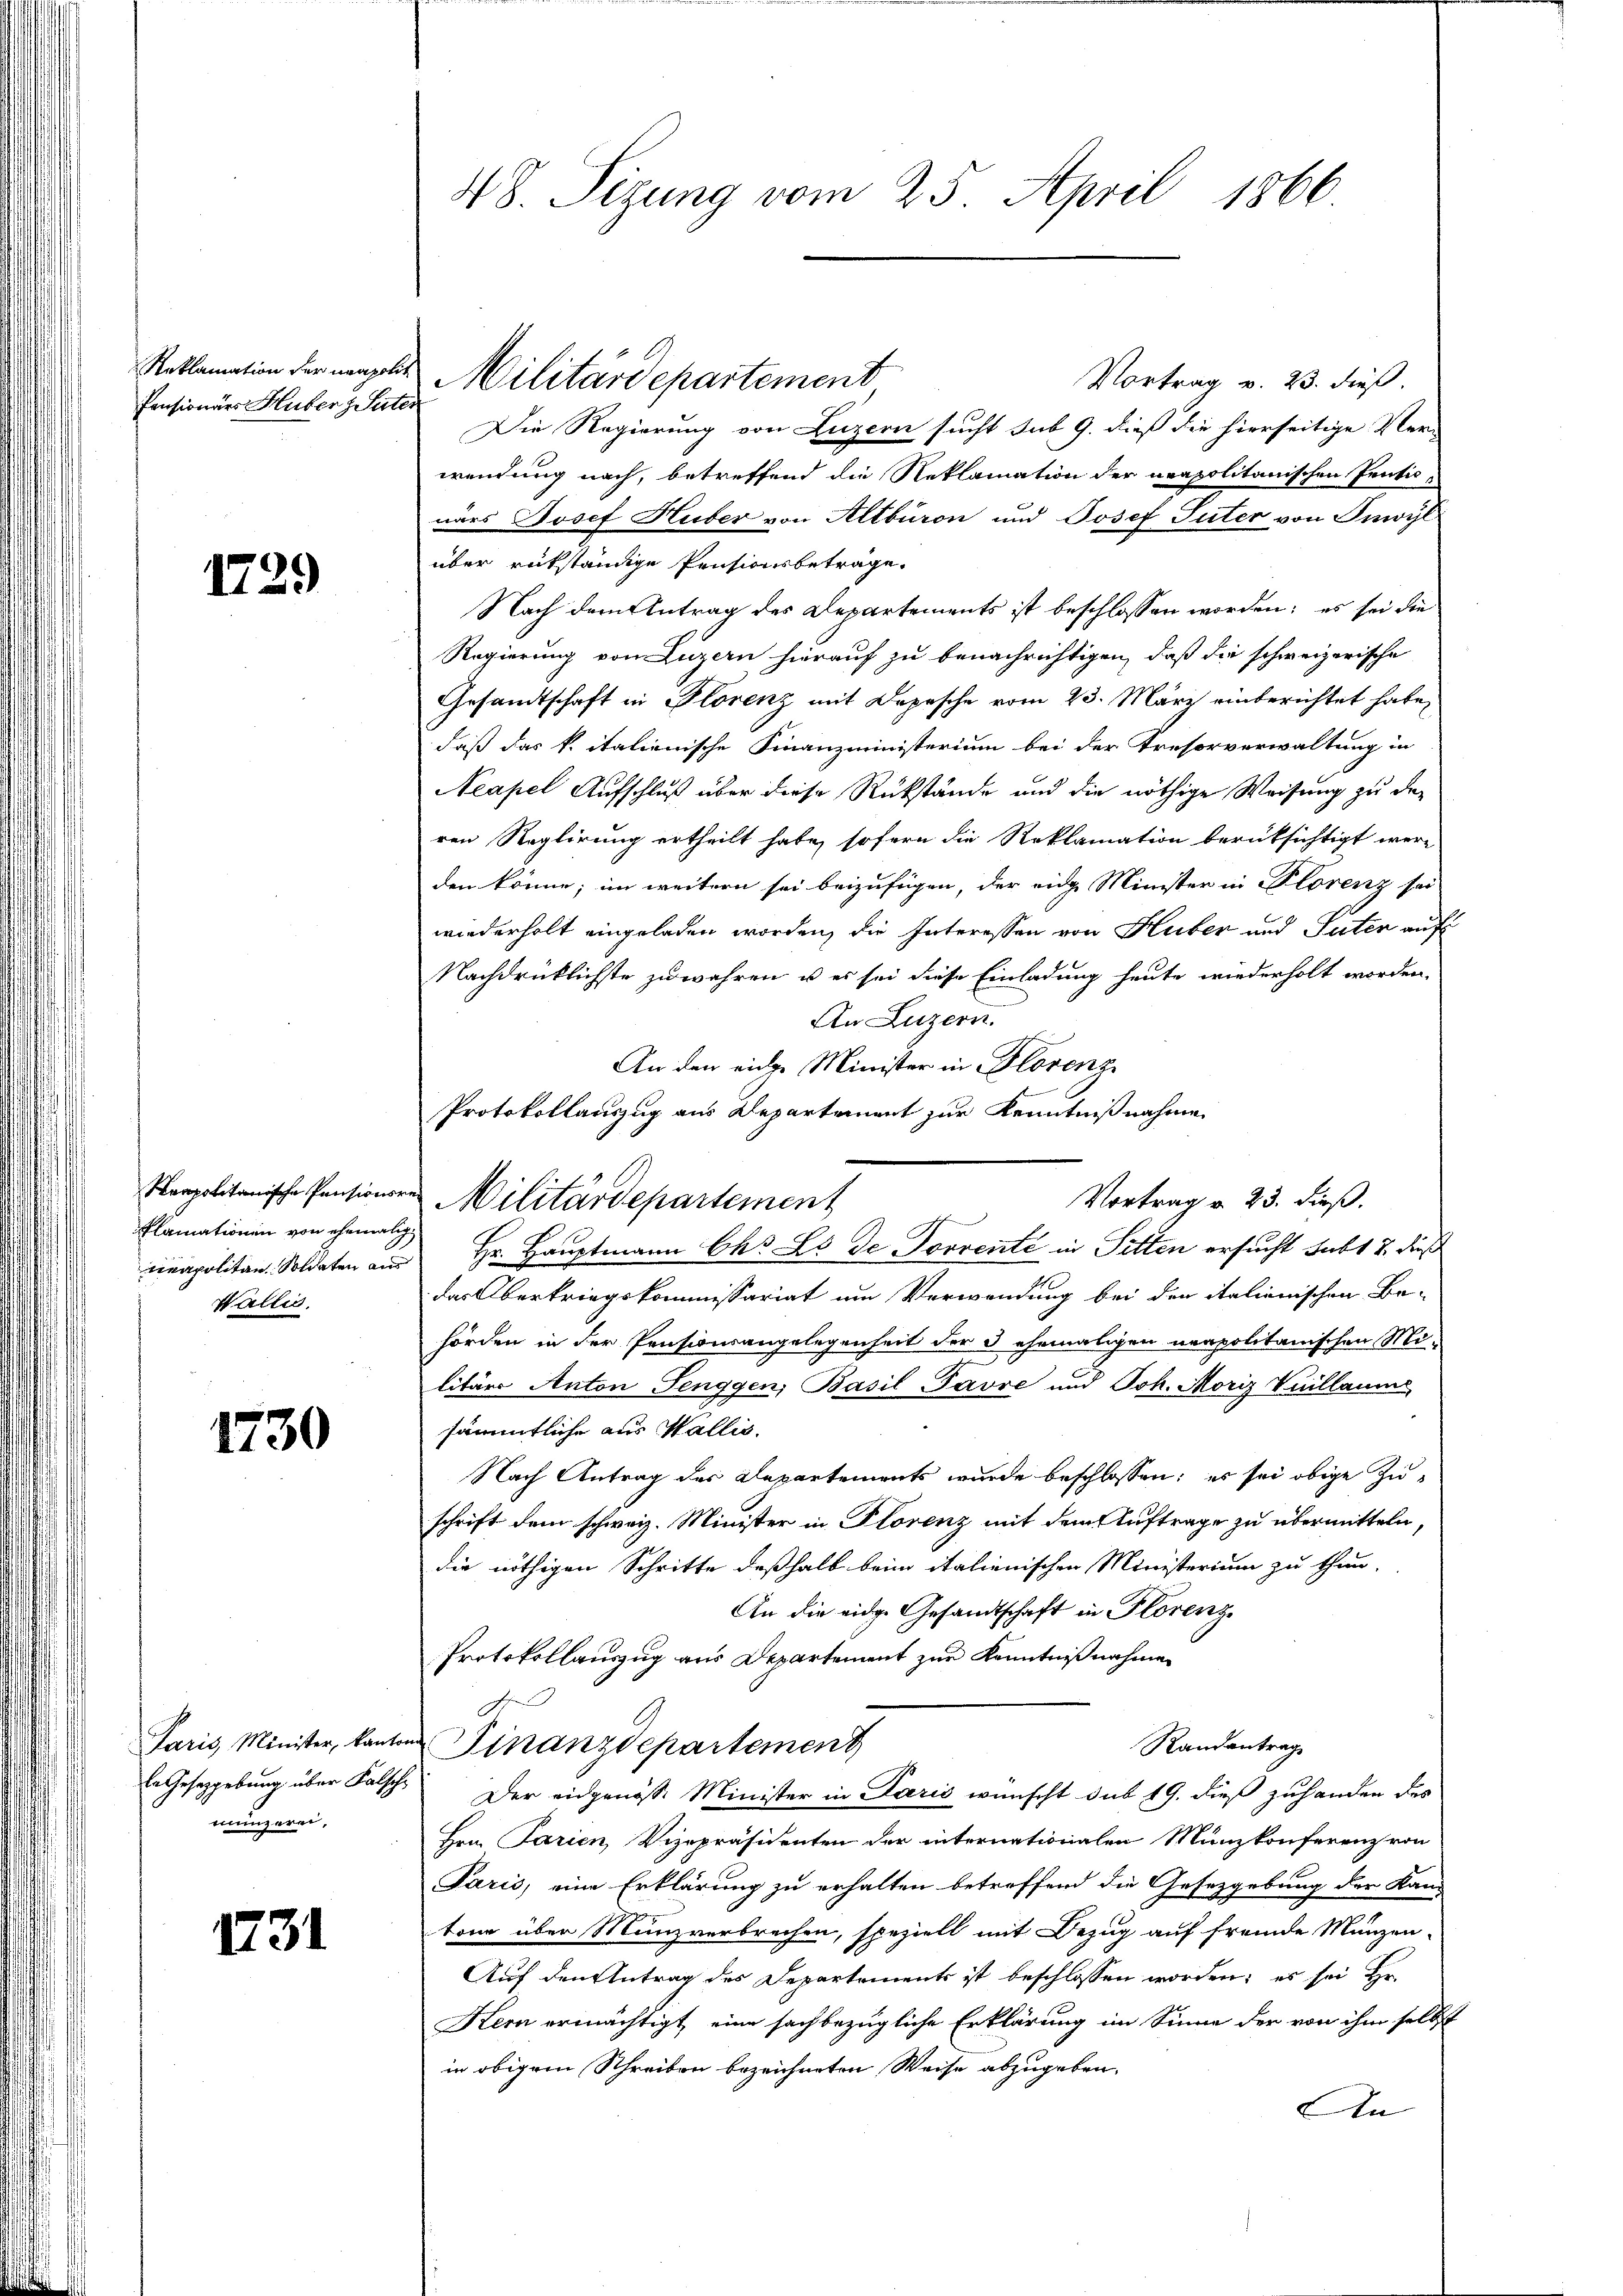
Pensionärs Huber & Sen

1729

1730

mningerei,

1731

Reklamation der neugeles Militärdepartement
100.

Plamationen von ehemalig
Wallis.

Vortrag v. 23. dieß.
Die Regierung von Luzern sucht sub 9. dieß die hierseitige Ver-
wendung nach, betreffend die Reklamation der neapolitanischen Pentic-
närs Josef Huber von Altburon und Josef Suter von Inwyl
über rükständige Pensionsbeträge.
Nach dem Antrag des Departements ist beschlossen worden; es sei die
Regierung von Luzern hierauf zu benachrichtigen, daß die schweizerische
Gesandtschaft in Plorenz mit Depesche vom 23. März einberichtet habe,
daß das k. italienische Finanzministerium bei der Tresorverwaltung in
Neapel Aufschluß über diese Rükstände und die nöthige Weisung zu der
ren Reglirung ertheilt habe, sofern die Reklamation berüksichtigt wer-
den könne; im weitern sei beizufügen, der eidge Minister in Plorenz sei
wiederholt eingeladen worden, die Interessen von Huber und Suter auf
Nachdrücklichste zu wahren u es sei diese Einladung heute wiederholt worden.
An Luzern.
An den einer Minister in Florenz
Korpolitanische Pensionsen Militärdepartement
eapolitan. Soldaten an Hr. Hauptmann Ch. Le Dr. Torrenté in Sitten ersucht subt u. dieß
das Oberkriegskommissariat um Verwendung bei der italienischen Be-
hörden in der Pensionsangelegenheit der I ehemaligen neapolitanischen Mi-
litärs Anton Senggen, Basil-Favre und Joh. Moriz Vuillaum
sämmtliche aus Wallis.
Nach Antrag des Departements wurde beschlossen; es sei obige Zuschrift dem schweiz. Minister in Plorenz mit dem Auftrage zu übermitteln,
die nöthigen Schritte deßhalb beim italienischen Ministerium zu thun.
An die eidg. Gesandtschaft in Florenz
Protokollauszug aus Departement zur Kenntnißnahmen
A
Paris Minister, kanton Finanzdepartement
Randantrag
Er Gesetzgebung über Falsche Der eidgenosse Minister in Paris wünscht sub 19. dieß zuhander des
Hrn. Parien, Vizepräsidenten der internationalen Münzkonferenz von
Paris, eine Erklärung zu erhalten betreffend die Gesetzgebung der Kand
tone über Munzverbrechen, speziell mit Bezug auf fremde Münzen-
Auf den Antrag des Departements ist beschlossen worden; es sei Hr.
Kern ermächtigt, eine sachbezügliche Erklärung im Sinne der von ihm selbst
in obigem Schreiben bezeichneten Weise abzugeben.
An

48. Sizung vom 25. April 1866.

Protokollauszug aus Departement zur Kenntnißnahme
Vortrag v. 23. dieß.